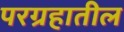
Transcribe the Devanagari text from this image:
परग्रहातील